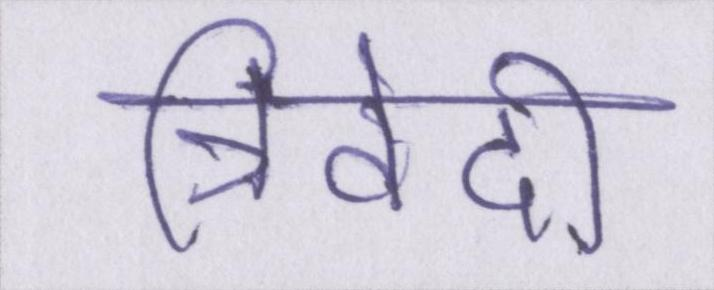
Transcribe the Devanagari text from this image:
त्रिवेदी